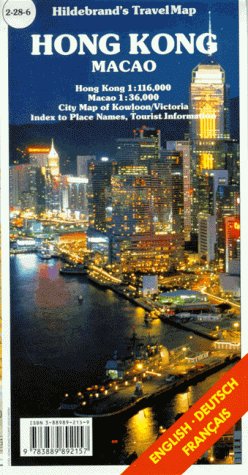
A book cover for Hong Kong, Macau: Hong Kong (Hildebrand's Travel Map); Hilderbrand; Travel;